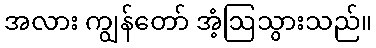
အလား ကျွန်တော် အံ့ဩသွားသည်။